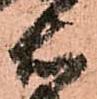
右